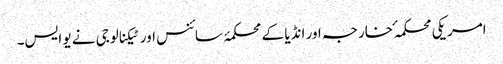
امریکی محکمہ ٔ خارجہ اور انڈیا کے محکمۂ سائنس اور ٹیکنالوجی نے یو ایس۔